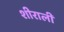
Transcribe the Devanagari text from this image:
शीराली